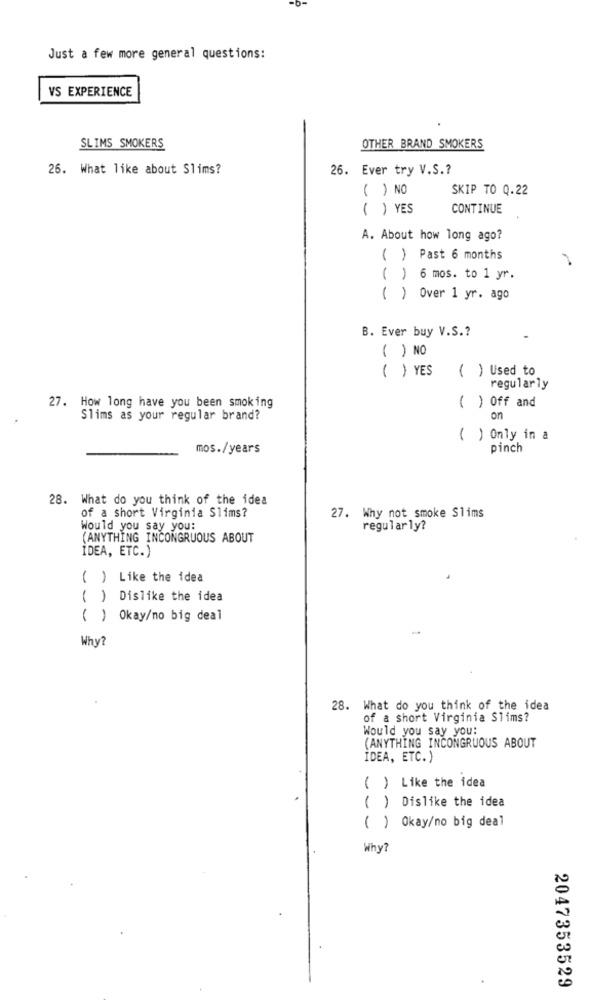
Just a few more general questions:
VS EXPERIENCE
SLIMS SMOKERS
OTHER BRAND SMOKERS
26. What like about Slims?
26. Ever try V.S .?
( ) NO
SKIP TO 0.22
( ) YES
CONTINUE
A. About how long ago?
( ) Past 6 months
( ) 6 mos. to 1 yr.
( ) Over 1 yr. ago
B. Ever buy V.S .?
( ) NO
( ) YES
( ) Used to
regularly
27. How long have you been smoking
( ) Off and
Slims as your regular brand?
on
( ) Only in a
mos./years
pinch
28. What do you think of the idea
of a short Virginia Slims?
27. Why not smoke Slims
Would you say you:
regularly?
(ANYTHING INCONGRUOUS ABOUT
IDEA, ETC.)
( ) Like the idea
( ) Dislike the idea
( ) Okay/no big deal
Why?
28. What do you think of the idea
of a short Virginia Slims?
Would you say you:
(ANYTHING INCONGRUOUS ABOUT
IDEA, ETC.)
( ) Like the idea
( ) Dislike the idea
( ) Okay/no big deal
Why?
2047353529